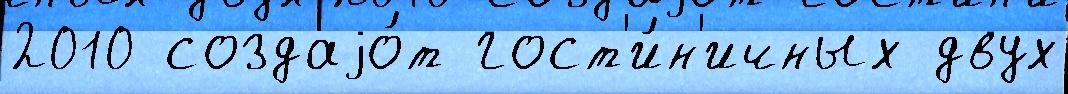
2010 создаjо́т гост'и́н'ичных двух